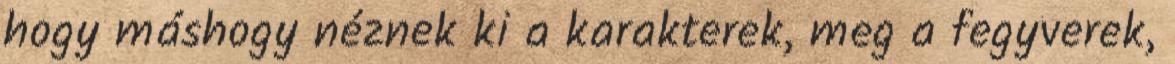
hogy máshogy néznek ki a karakterek, meg a fegyverek,